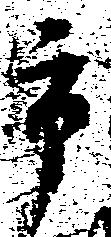
市